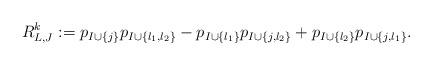
LaTeX: \begin{align*}R^k_{L,J}:=p_{I\cup \{j\}}p_{I\cup \{l_1,l_2\}} - p_{I\cup \{l_1\}}p_{I\cup \{j,l_2\}} + p_{I\cup \{l_2\}}p_{I\cup \{j,l_1\}}.\end{align*}